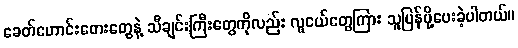
ခေတ်ဟောင်းတေးတွေနဲ့ သီချင်းကြီးတွေကိုလည်း လူငယ်တွေကြား သူပြန်ပို့ပေးခဲ့ပါတယ်။